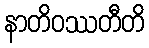
နာတိဝဿတီတိ